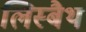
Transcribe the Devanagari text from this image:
लिस्बैथ